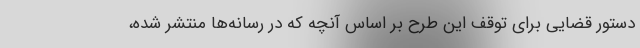
دستور قضایی برای توقف این طرح بر اساس آنچه که در رسانه‌ها منتشر شده،